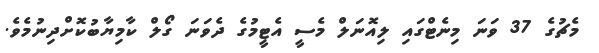
މެޗުގެ 37 ވަނަ މިނެޓްގައި ލިއޮނަލް މެސީ އެޓީމުގެ ދެވަނަ ގޯލް ކާމިޔާބުކޮށްދިނުމެވެ.